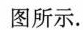
图所示.